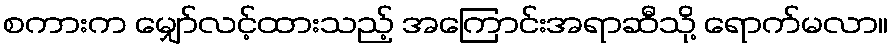
စကားက မျှော်လင့်ထားသည့် အကြောင်းအရာဆီသို့ ရောက်မလာ။